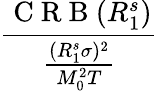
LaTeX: \frac{\mathrm{~C~R~B~}(R_{1}^{s})}{\frac{(R_{1}^{s}\sigma)^{2}}{M_{0}^{2}T}}